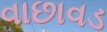
વાછાવડ